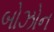
બોઝોન